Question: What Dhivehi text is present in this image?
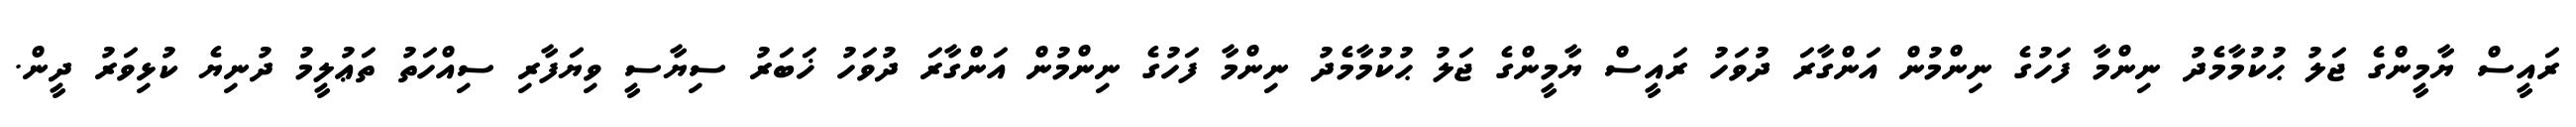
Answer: ރައީސް ޔާމީންގެ ޖަލު ޙުކުމާމެދު ނިންމާ ފަހުގެ ނިންމުން އަންގާރަ ދުވަހު ރައީސް ޔާމީންގެ ޖަލު ޙުކުމާމެދު ނިންމާ ފަހުގެ ނިންމުން އަންގާރަ ދުވަހު ޚަބަރު ސިޔާސީ ވިޔަފާރި ސިއްހަތު ތަޢުލީމު ދުނިޔެ ކުޅިވަރު ދީން.